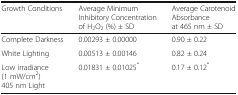
<table><thead><tr><td><b>Growth Conditions</b></td><td><b>Average Minimum Inhibitory Concentration of H<sub>2</sub>O<sub>2</sub> (%) ± SD</b></td><td><b>Average Carotenoid Absorbance at 465 nm ± SD</b></td></tr></thead><tbody><tr><td>Complete Darkness</td><td>0.00293 ± 0.00000</td><td>0.90 ± 0.22</td></tr><tr><td>White Lighting</td><td>0.00513 ± 0.00146</td><td>0.82 ± 0.24</td></tr><tr><td>Low irradiance (1 mW/cm<sup>2</sup>) 405 nm Light</td><td>0.01831 ± 0.01025<sup>*</sup></td><td>0.17 ± 0.12<sup>*</sup></td></tr></tbody></table>